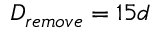
D _ { r e m o v e } = 1 5 d